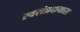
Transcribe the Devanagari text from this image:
स्वसंप्रदायास